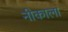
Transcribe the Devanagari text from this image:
नीकाला